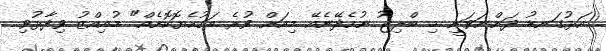
އަޅުގަނޑު ދަންނަވަނީ މި ބްރިޖު ނުހެދޭނެއޭ މިއަށް ވުރެ އަގުހެޔޮކޮށެއް" މުއިއްޒު ވިދާޅުވި